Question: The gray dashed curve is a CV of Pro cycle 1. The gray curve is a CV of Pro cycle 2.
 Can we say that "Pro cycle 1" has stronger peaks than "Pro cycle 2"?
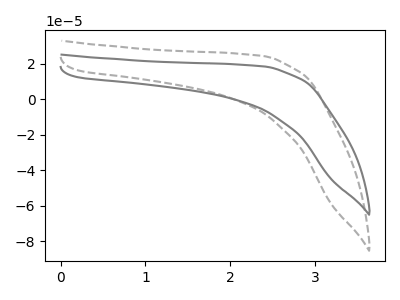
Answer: <think>The gray dashed curve "Pro cycle 1" has no peaks. The gray curve "Pro cycle 2" has no peaks.</think>
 <answer>Niether CV has any peaks.</answer>
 <eval>blanks</eval>